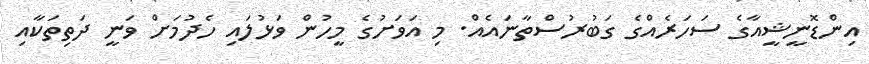
އިންޑޮނީޝީއާގެ ސަހަރެއްގެ ގަބުރުސްތާނައެއް. މި އަވަށުގެ މީހުން ވަޅުލައި ހެދުމަށް ވަނީ ދަތިތަކާއި